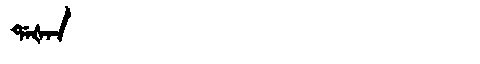
Manchu: ᡩᠠᡧᠠᠨ
Romanization: DAŠAN